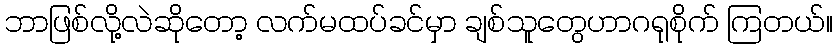
ဘာဖြစ်လို့လဲဆိုတော့ လက်မထပ်ခင်မှာ ချစ်သူတွေဟာဂရုစိုက် ကြတယ်။